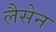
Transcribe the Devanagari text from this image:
लैसेन